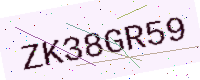
Text: ZK38GR59